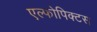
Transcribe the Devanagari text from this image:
एल्फोपिक्टस